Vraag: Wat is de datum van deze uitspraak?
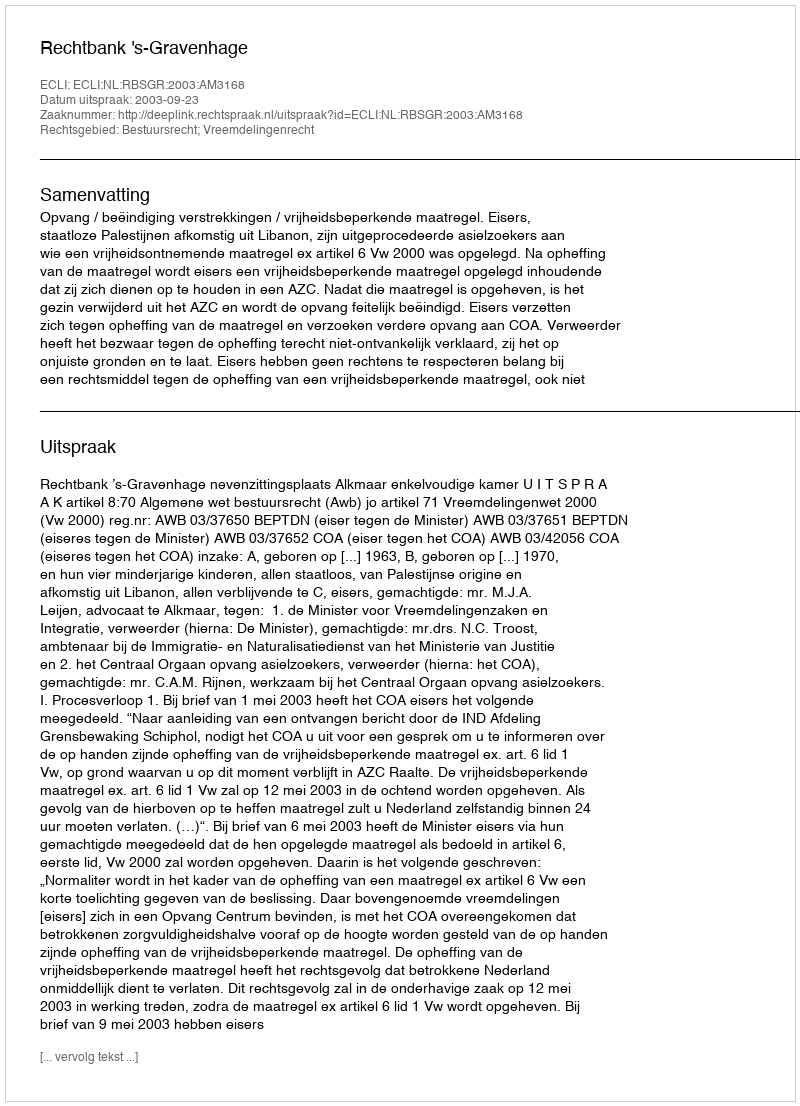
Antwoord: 2003-09-23